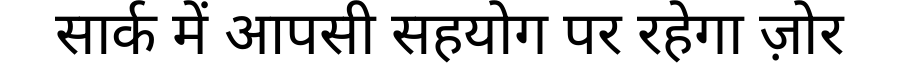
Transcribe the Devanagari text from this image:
सार्क में आपसी सहयोग पर रहेगा ज़ोर